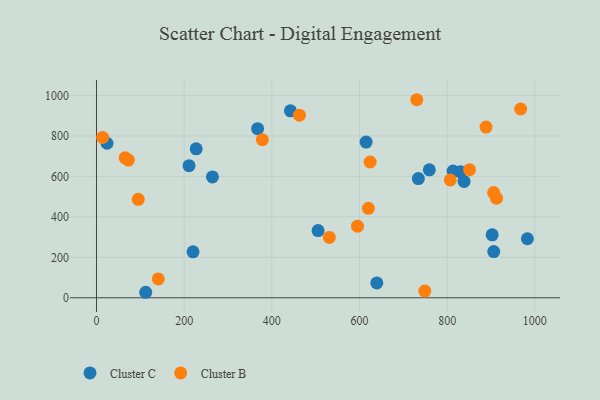
{"axis": {"x": "Ad Spend", "y": "Exam Score"}, "legend": ["Cluster B", "Cluster C"], "data": [{"x": "615.0", "y": 770.0, "type": "Cluster C"}, {"x": "982.9", "y": 291.8, "type": "Cluster C"}, {"x": "227.4", "y": 736.4, "type": "Cluster C"}, {"x": "112.3", "y": 27.1, "type": "Cluster C"}, {"x": "830.3", "y": 622.6, "type": "Cluster C"}, {"x": "264.5", "y": 597.6, "type": "Cluster C"}, {"x": "759.3", "y": 632.8, "type": "Cluster C"}, {"x": "906.2", "y": 228.2, "type": "Cluster C"}, {"x": "639.5", "y": 73.5, "type": "Cluster C"}, {"x": "367.5", "y": 835.9, "type": "Cluster C"}, {"x": "505.5", "y": 332.0, "type": "Cluster C"}, {"x": "838.5", "y": 575.3, "type": "Cluster C"}, {"x": "211.1", "y": 653.1, "type": "Cluster C"}, {"x": "24.0", "y": 764.1, "type": "Cluster C"}, {"x": "902.6", "y": 311.3, "type": "Cluster C"}, {"x": "442.4", "y": 924.4, "type": "Cluster C"}, {"x": "220.2", "y": 227.0, "type": "Cluster C"}, {"x": "734.2", "y": 589.4, "type": "Cluster C"}, {"x": "813.4", "y": 626.3, "type": "Cluster C"}, {"x": "730.6", "y": 979.3, "type": "Cluster B"}, {"x": "378.4", "y": 781.7, "type": "Cluster B"}, {"x": "463.0", "y": 903.1, "type": "Cluster B"}, {"x": "748.9", "y": 33.1, "type": "Cluster B"}, {"x": "906.0", "y": 520.1, "type": "Cluster B"}, {"x": "141.0", "y": 93.3, "type": "Cluster B"}, {"x": "807.1", "y": 582.5, "type": "Cluster B"}, {"x": "624.2", "y": 671.3, "type": "Cluster B"}, {"x": "888.6", "y": 844.0, "type": "Cluster B"}, {"x": "851.0", "y": 633.4, "type": "Cluster B"}, {"x": "595.4", "y": 354.2, "type": "Cluster B"}, {"x": "531.1", "y": 298.5, "type": "Cluster B"}, {"x": "65.3", "y": 692.1, "type": "Cluster B"}, {"x": "72.8", "y": 680.9, "type": "Cluster B"}, {"x": "95.2", "y": 486.9, "type": "Cluster B"}, {"x": "912.5", "y": 492.5, "type": "Cluster B"}, {"x": "14.0", "y": 792.9, "type": "Cluster B"}, {"x": "620.2", "y": 442.2, "type": "Cluster B"}, {"x": "967.6", "y": 933.4, "type": "Cluster B"}]}